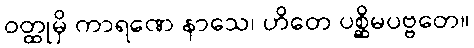
ဝတ္ထုမှိ ကာရဏေ နာသေ၊ ဟိတေ ပစ္ဆိမပဗ္ဗတေ။